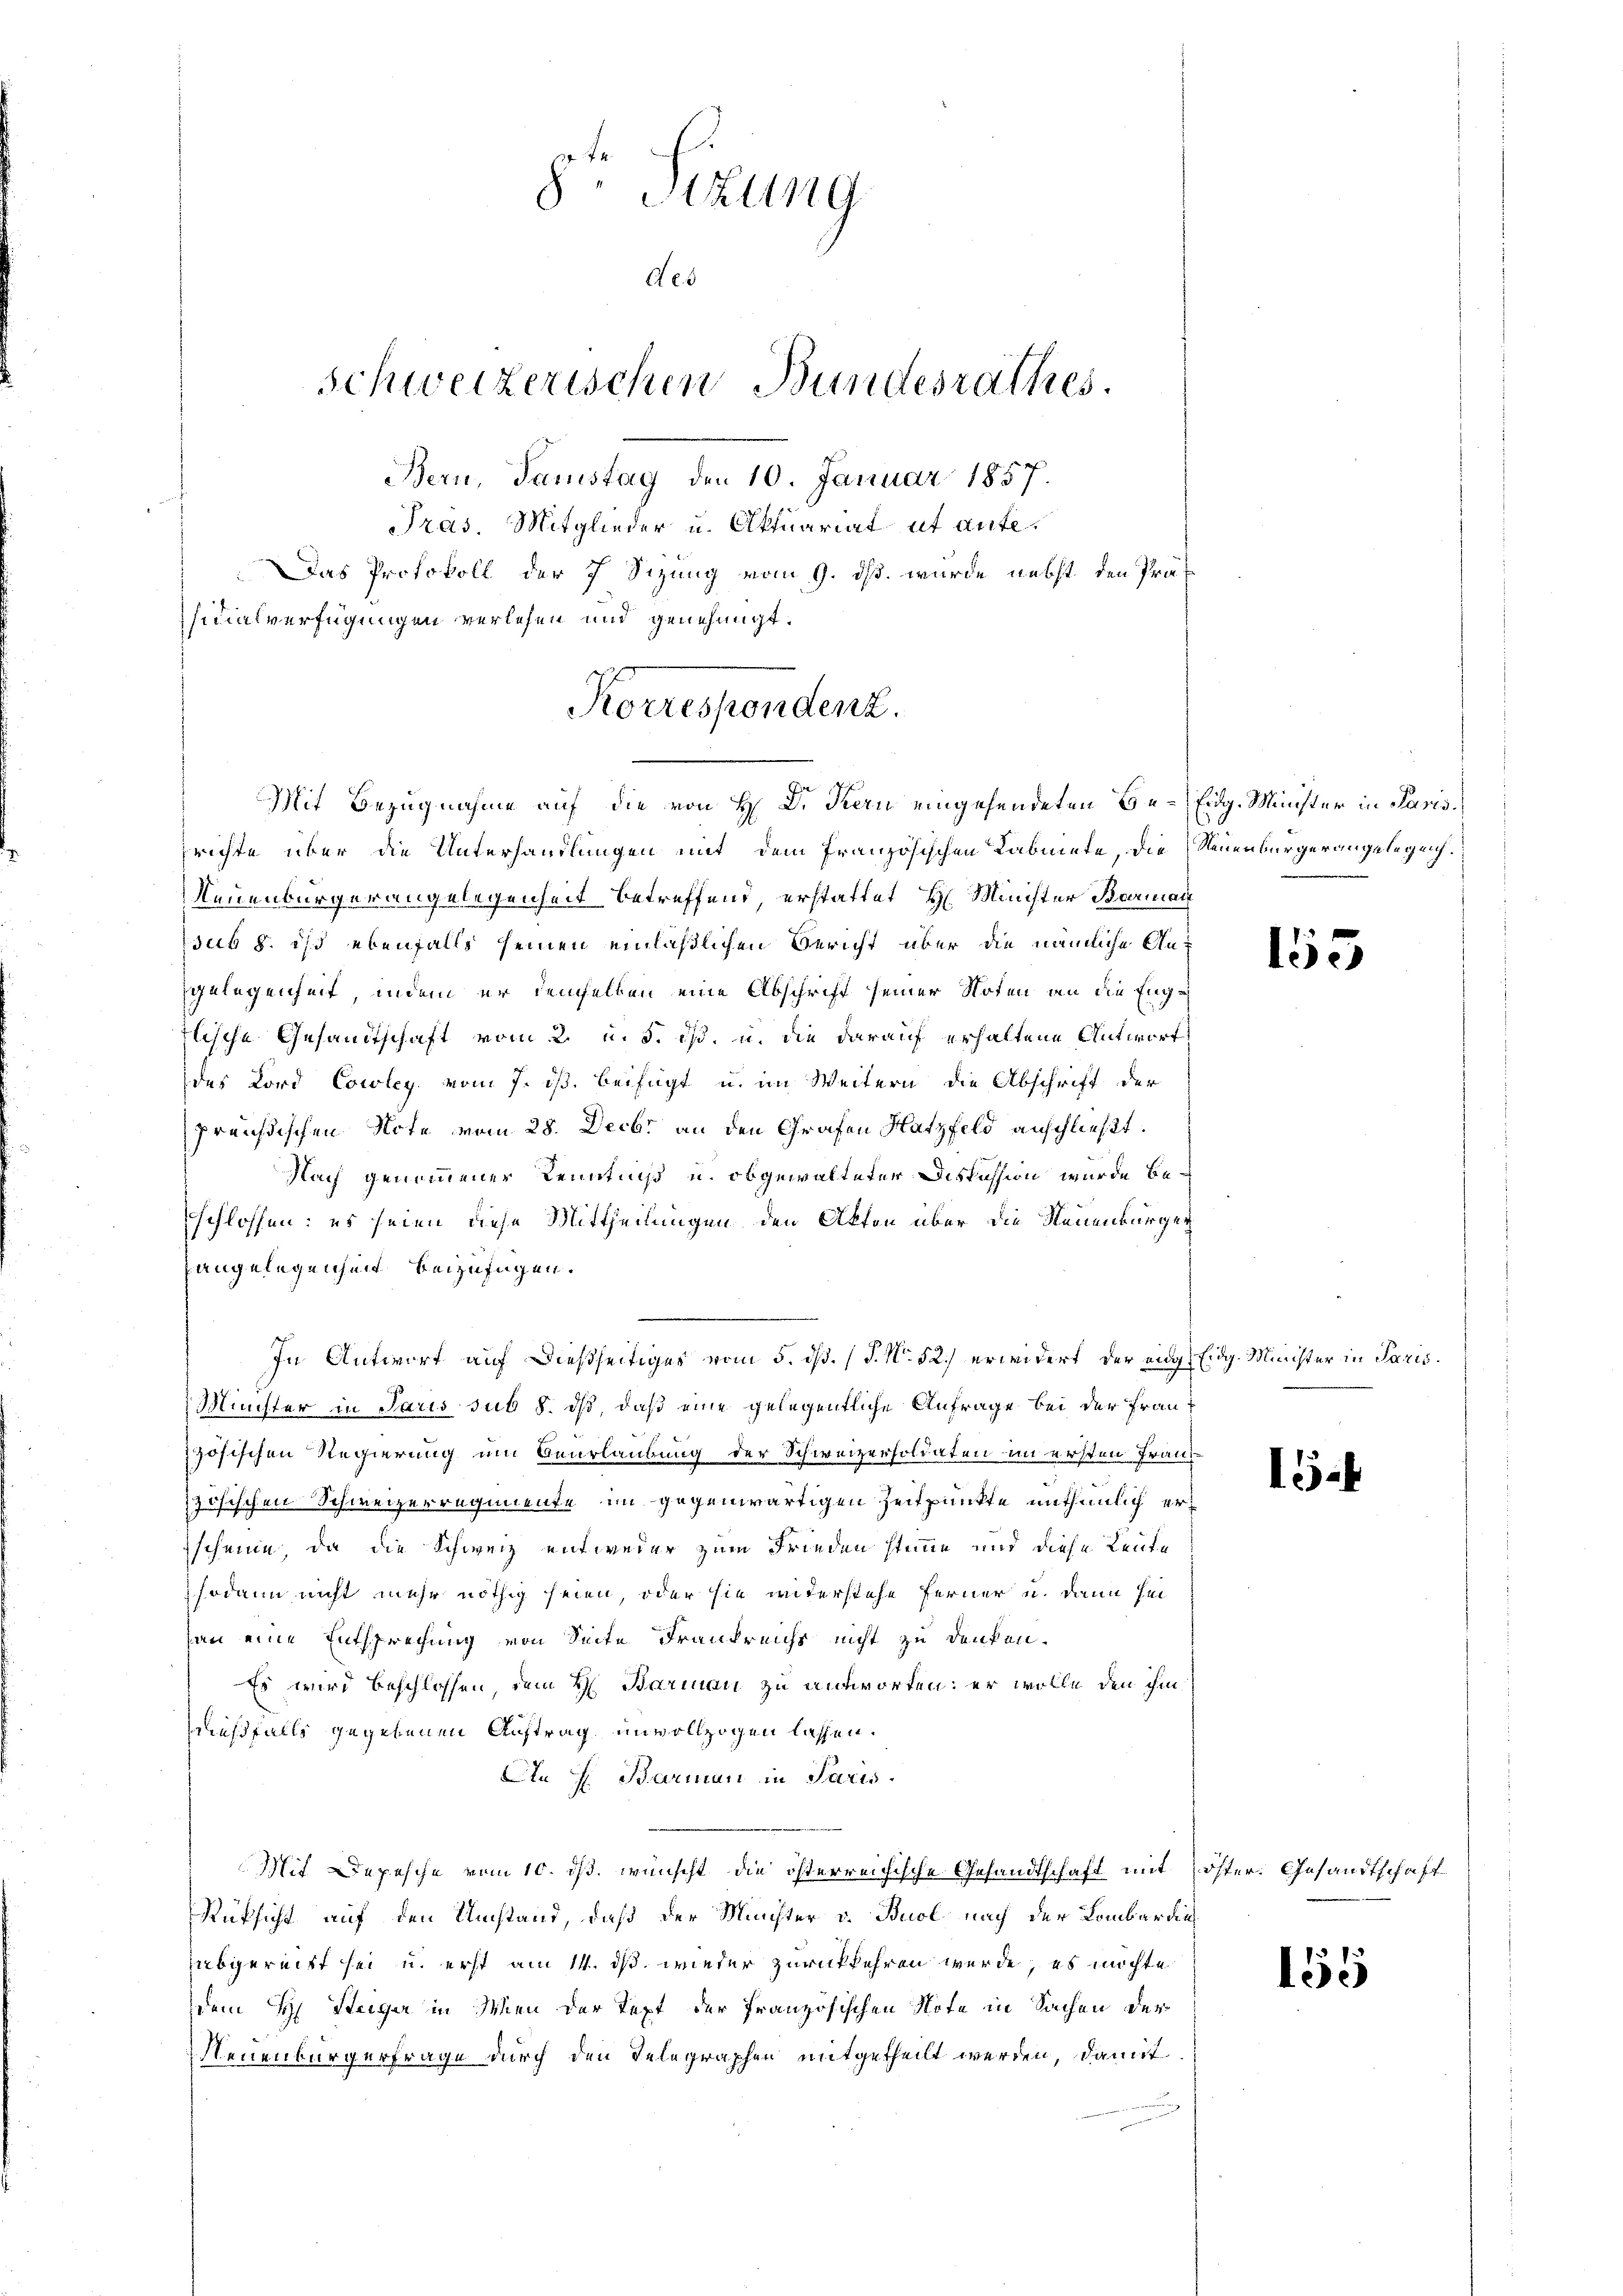
8. Sizung
Aes
Schweizerischen Bundesrathes.
Bern, Samstag den 10. Januar 1857.
Pras. Mitglieder u. Aktuariat ut aufe¬
Das Protokoll der 7 Sizung vom 9. ds. wurde nebst den Präf
sidialverfügungen verlesen und genehmigt.

richte über die Unterhandlungen mit dem französischen Kabinte, die Neuenburgerangelegen
Neuenburgerangelegenheit betreffend, erstattet H. Minister Barmann
sub 8. ist ebenfalls seinen einläßlichen Bericht über die nämliche Angelegenheit, indem er demselben eine Abschrift seiner Noten an die Engrlische Gesandtschaft vom 2. u. 5. ds. u. die darauf erhaltene Antwort
des Lord Cowley, vom 7. ds. beifügt u. im Weitern die Abschrift der
preußischen Note vom 28. Decbr an den Grafen Hatzfeld anschließt:
Nach genommener Kenntniß u. obgewalteter Diskussion wurde beschlossen: es seien diese Mittheilungen den Akten über die Neuenburger
angelegenheit beizufügen.
n
Minister in Paris sub 8. dß, daß eine gelegentliche Anfrage bei der Frauzösischen Regierung um Beurlaubung der Schweizersoldaten im ersten Franzzösischen Schweizerregimente im gegenwärtigen Zeitpunkte unthümlich erscheine, da die Schweiz entweder zum Frieden stimme und diese Leute
sodann nicht mehr nöthig seien, oder sie widerstehe Ferner u. dann sei
an eine Entsprechung von Seite Drankreichs nicht zu denken.
Es wird beschlossen, dem H. Barmann zu antworten: er wolle den ihm
ießfalls gegebenen Auftrag unvollzogen lassen.
Ain H. Barman in Paris.
Mit Depesche vom 10. ds. wünscht die österreichische Gesandtschaft mit öster. Gesandtschaft
Rüksicht auf den Umstand, daß der Münster v. Buol nach der Lombardin
abgereitt sei u. erst am 14. ds. wieder zurückkehren werde, es möchte
dem H. Steiger in Wien der Text der französischen Note in Sachen der
Neuenbürgerfrage durch den Telegraphen mitgetheilt werden, damit

Korrespondenz.
Mit Bezugnahme auf die von H. Dr. Fern eingehendeten Be- Eidg. Minister in Paris.

In Antwort auf dießseitiges vom 5. ds. (T. No. 52.) erwidert der eng, Eidg. Minister in Paris

155

1

155